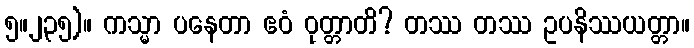
၅။၂၃၅)။ ကသ္မာ ပနေတာ ဧဝံ ဝုတ္တာတိ? တဿ တဿ ဥပနိဿယတ္တာ။